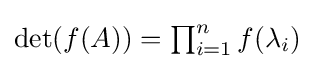
\operatorname {det} (f(A))=\textstyle \prod _{i=1}^{n}f(\lambda _{i})